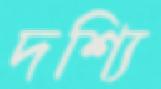
দশ্যি